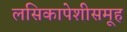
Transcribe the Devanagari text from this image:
लसिकापेशीसमूह